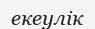
екеулік